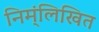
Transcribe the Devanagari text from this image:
निम्ंलिखित